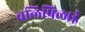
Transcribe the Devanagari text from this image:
वलिपिलाई